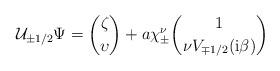
LaTeX: \begin{align*} \mathcal U_{\pm1/2}\Psi =\binom{\zeta}\upsilon +a\chi_\pm^\nu\binom1{\nu V_{\mp1/2}(\mathrm i\beta)}\end{align*}